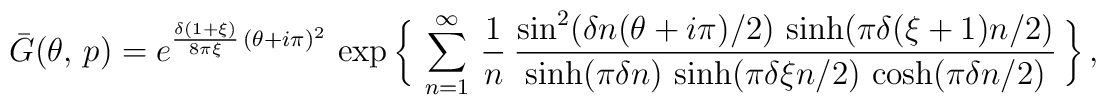
\bar{G}(\theta ,\, p)        = e^{\frac{\delta(1+\xi)}{8\pi\xi}\, (\theta+i\pi)^2}\,           \exp\bigg\{\, \sum_{n=1}^{\infty}\, \frac{1}{n}\          \frac{\sin^2(\delta n (\theta+i\pi)/2)\,                 \sinh(\pi\delta(\xi+1) n/2)}               {\sinh(\pi\delta n)\, \sinh(\pi\delta\xi n/2)\,                \cosh(\pi \delta n/2) }\, \bigg\}\, ,